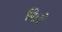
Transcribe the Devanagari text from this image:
निली